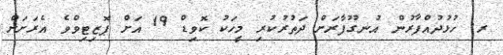
ރ. ހުޅުދުއްފާރުން އުނގޫފާރަށް ދަތުރުކުރި މީހަކު ކޮވިޑް 19 އަށް ޕޮޒިޓިވްވެ އެރަށަށް